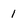
Character: 1